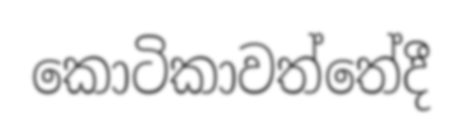
කොටිකාවත්තේදී